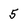
Character: 5